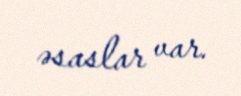
əsaslar var.